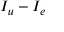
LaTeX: I _ { u } - I _ { e }